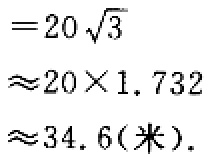
\[

\begin{align*}

&=20\sqrt{3}\\

&\approx20\times1.732\\

&\approx34.6(\text{米}).

\end{align*}

\]